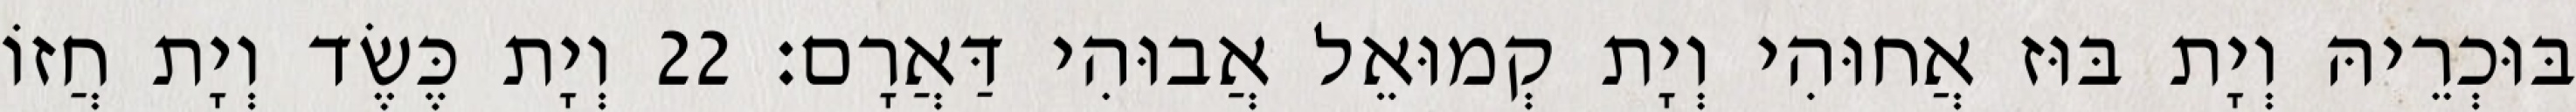
בּוּכְרֵיהּ וְיָת בּוּז אֲחוּהִי וְיָת קְמוּאֵל אֲבוּהִי דַּאֲרָם׃ 22 וְיָת כֶּשֶׂד וְיָת חֲזוֹ